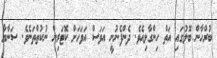
ބުރްހާން ބޮލުގައި އަތް ހިންގާލިއެވެ. ދެންފެނުނީ އަވަސް އަވަހަށް ކޮޓަރިން ނުކުތްތަނެވެ. ސަނާޔާ